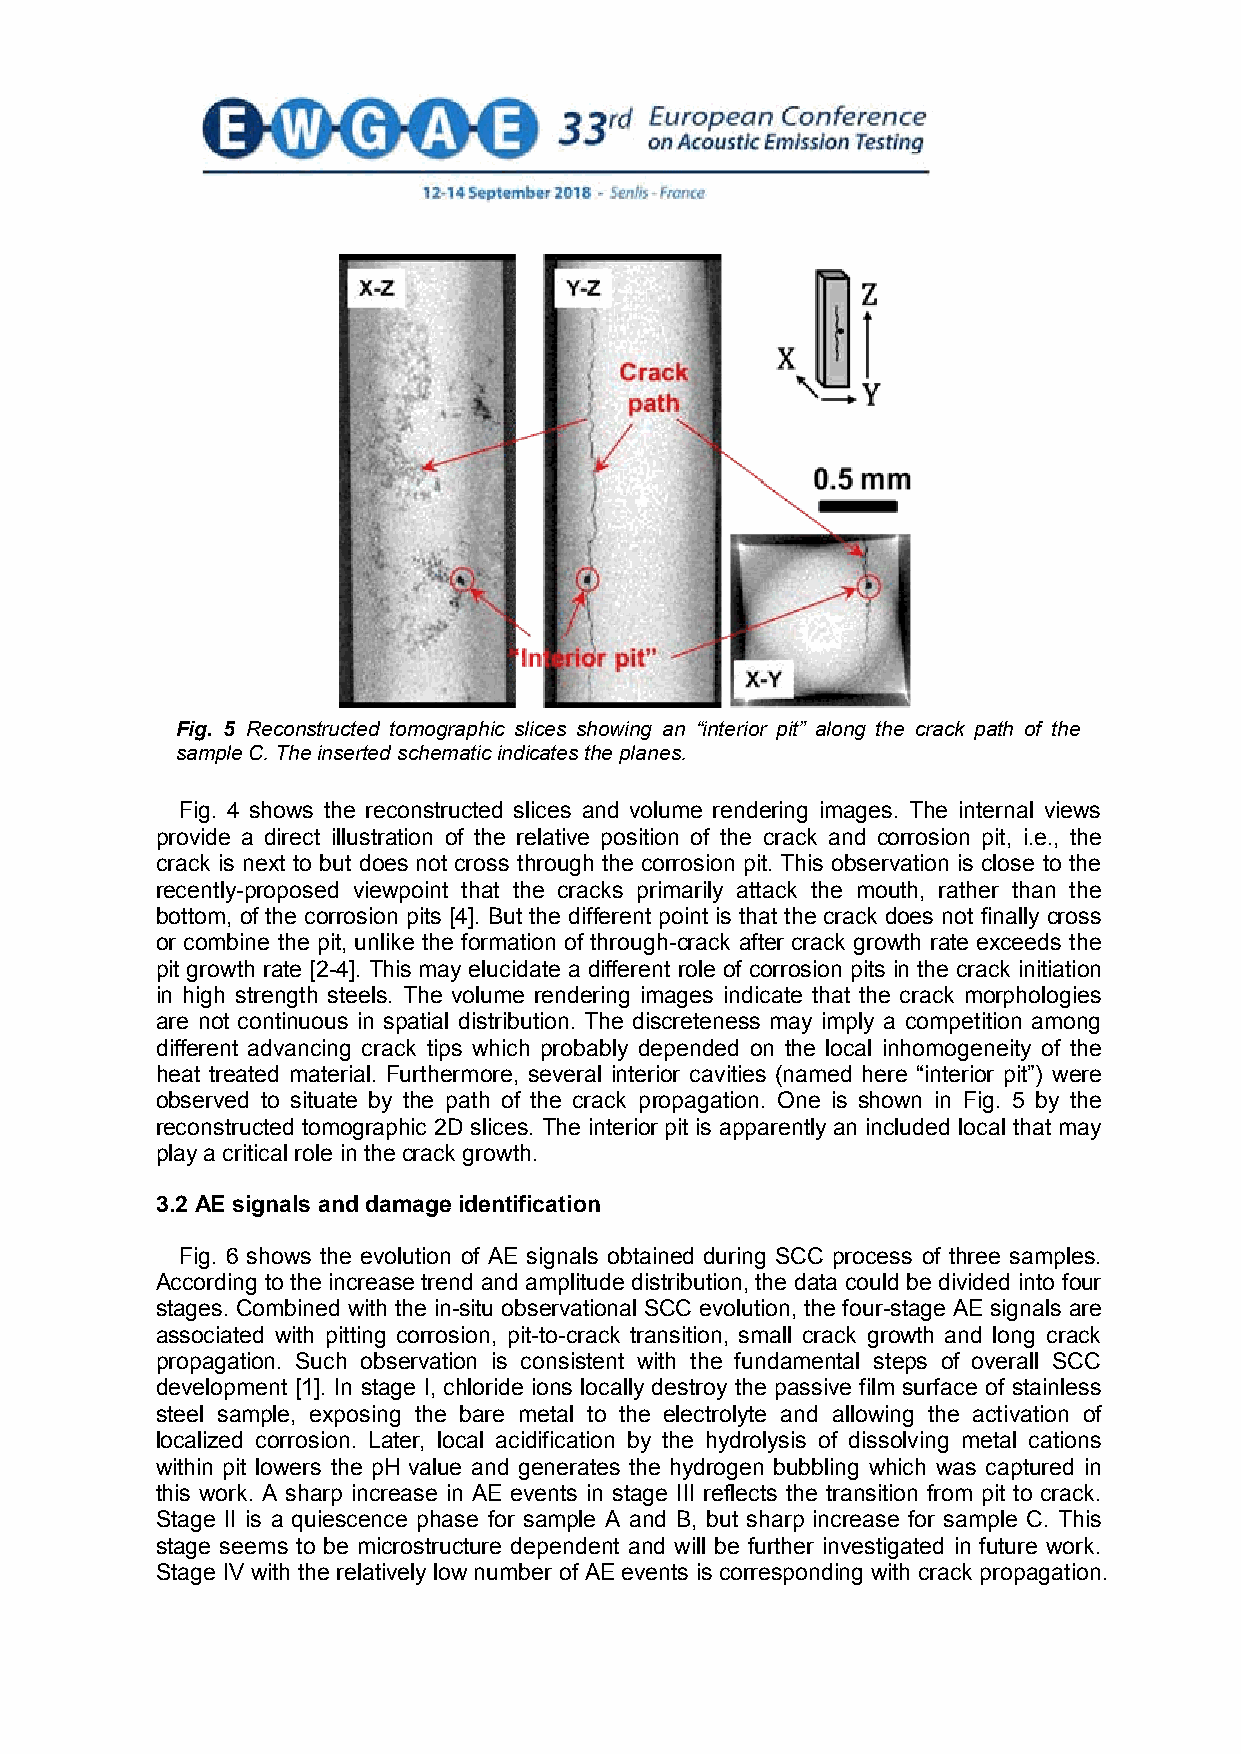
Fig. 5 Reconstructed tomographic slices showing an “interior pit” along the crack path of the
 sample C. The inserted schematic indicates the planes.
 Fig. 4 shows the reconstructed slices and volume rendering images. The internal views
 provide a direct illustration of the relative position of the crack and corrosion pit, i.e., the
 crack is next to but does not cross through the corrosion pit. This observation is close to the
 recently-proposed viewpoint that the cracks primarily attack the mouth, rather than the
 bottom, of the corrosion pits [4]. But the different point is that the crack does not finally cross
 or combine the pit, unlike the formation of through-crack after crack growth rate exceeds the
 pit growth rate [2-4]. This may elucidate a different role of corrosion pits in the crack initiation
 in high strength steels. The volume rendering images indicate that the crack morphologies
 are not continuous in spatial distribution. The discreteness may imply a competition among
 different advancing crack tips which probably depended on the local inhomogeneity of the
 heat treated material. Furthermore, several interior cavities (named here “interior pit”) were
 observed to situate by the path of the crack propagation. One is shown in Fig. 5 by the
 reconstructed tomographic 2D slices. The interior pit is apparently an included local that may
 play a critical role in the crack growth.
 3.2 AE signals and damage identification
 Fig. 6 shows the evolution of AE signals obtained during SCC process of three samples.
 According to the increase trend and amplitude distribution, the data could be divided into four
 stages. Combined with the in-situ observational SCC evolution, the four-stage AE signals are
 associated with pitting corrosion, pit-to-crack transition, small crack growth and long crack
 propagation. Such observation is consistent with the fundamental steps of overall SCC
 development [1]. In stage I, chloride ions locally destroy the passive film surface of stainless
 steel sample, exposing the bare metal to the electrolyte and allowing the activation of
 localized corrosion. Later, local acidification by the hydrolysis of dissolving metal cations
 within pit lowers the pH value and generates the hydrogen bubbling which was captured in
 this work. A sharp increase in AE events in stage III reflects the transition from pit to crack.
 Stage II is a quiescence phase for sample A and B, but sharp increase for sample C. This
 stage seems to be microstructure dependent and will be further investigated in future work.
 Stage IV with the relatively low number of AE events is corresponding with crack propagation.
 5